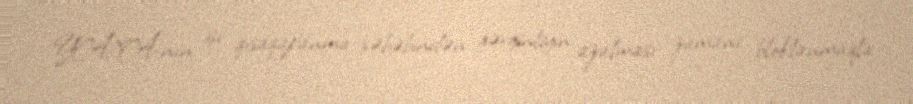
YAXA-nın işi qısaqapanma səbəbindən gərginliyin azalması zamanı bloklanmaqla